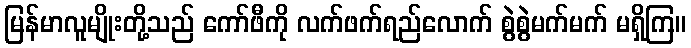
မြန်မာလူမျိုးတို့သည် ကော်ဖီကို လက်ဖက်ရည်လောက် စွဲစွဲမက်မက် မရှိကြ။